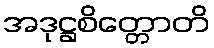
အဒုဋ္ဌစိတ္တောတိ